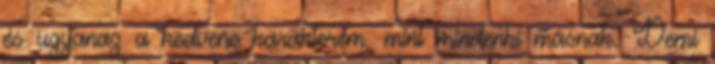
és ugyanaz a kedvenc karakterem, mint mindenki másnak. Demi